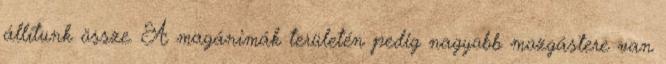
állítunk össze. A magánimák területén pedig nagyobb mozgástere van